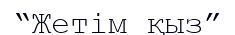
“Жетім қыз”